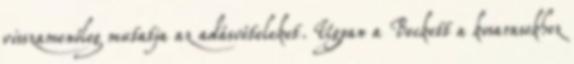
visszamenőleg mutatja az adásvételeket. Ugyan a Beckett a kosarasokhoz